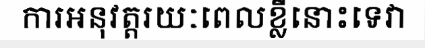
ការអនុវត្តរយៈពេលខ្លីនោះទេវា